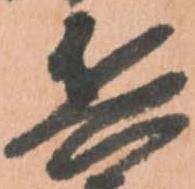
兵